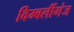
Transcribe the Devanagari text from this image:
विम्बर्लीगंज